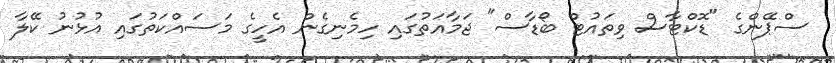
ސްޕޭންގެ "ޑޮކްޓާސް ވިތައުޓް ބޯޑާސް" ޖަމާއަތުގައި ހިމެނިގެން އެހީގެ މަސައްކަތުގައި އުޅުނު ކޭލާ